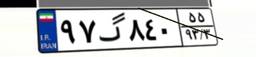
۹۷گ۸۴۰۵۵